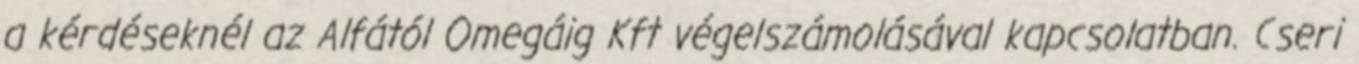
a kérdéseknél az Alfától Omegáig Kft végelszámolásával kapcsolatban. Cseri